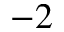
^ { - 2 }